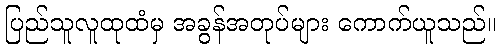
ပြည်သူလူထုထံမှ အခွန်အတုပ်များ ကောက်ယူသည်။